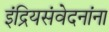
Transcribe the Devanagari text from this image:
इंद्रियसंवेदनांना